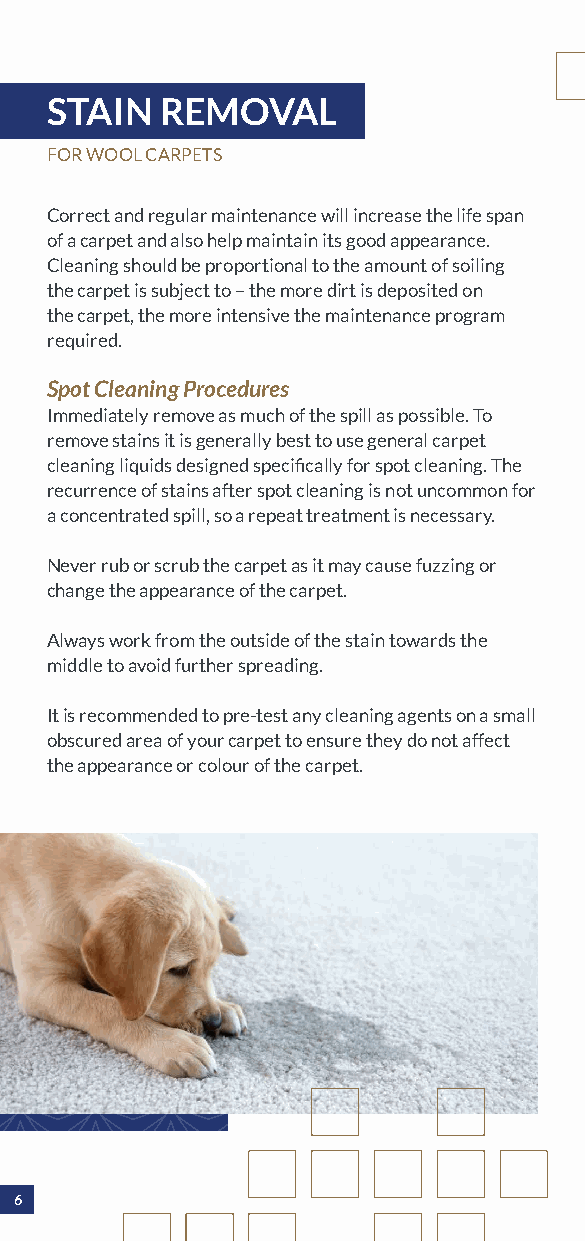
STAIN   REMOVAL
 FOR WOOL CARPETS
 Correct and regular maintenance will increase the life span
 of a carpet and also help maintain its good appearance.
 Cleaning should be proportional to the amount of soiling
 the carpet is subject to – the more dirt is deposited on
 the carpet, the more intensive the maintenance program
 required.
 Spot Cleaning Procedures
 Immediately remove as much of the spill as possible. To
 remove stains it is generally best to use general carpet
 cleaning liquids designed specifically for spot cleaning. The
 recurrence of stains after spot cleaning is not uncommon for
 a concentrated spill, so a repeat treatment is necessary.
 Never rub or scrub the carpet as it may cause fuzzing or
 change the appearance of the carpet.
 Always work from the outside of the stain towards the
 middle to avoid further spreading.
 It is recommended to pre-test any cleaning agents on a small
 obscured area of your carpet to ensure they do not affect
 the appearance or colour of the carpet.
 6